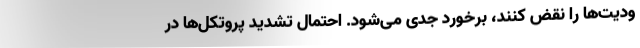
ودیت‌ها را نقض کنند، برخورد جدی می‌شود. احتمال تشدید پروتکل‌ها در